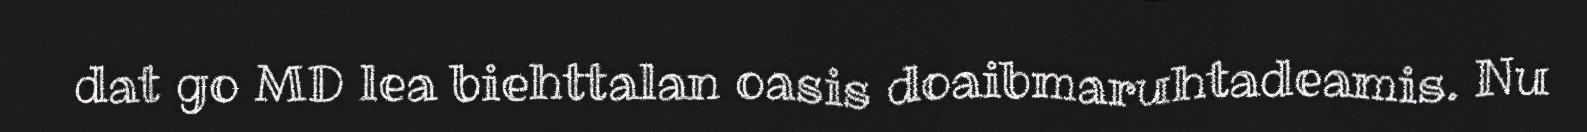
dat go MD lea biehttalan oasis doaibmaruhtadeamis. Nu